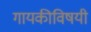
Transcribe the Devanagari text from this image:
गायकीविषयी